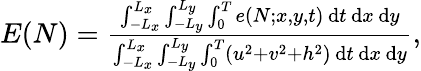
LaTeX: \begin{array}{r}{E(N)=\frac{\int_{-L_{x}}^{L_{x}}\int_{-L_{y}}^{L_{y}}\int_{0}^{T}e(N;x,y,t)\, \mathrm{d}t\, \mathrm{d}x\, \mathrm{d}y}{\int_{-L_{x}}^{L_{x}}\int_{-L_{y}}^{L_{y}}\int_{0}^{T}(u^{2}+v^{2}+h^{2})\, \mathrm{d}t\, \mathrm{d}x\, \mathrm{d}y},}\end{array}